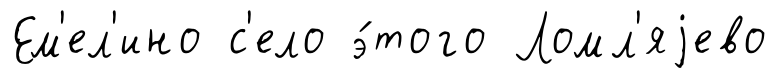
Ем'ел'ино с'ело э́того Ломл'яjево